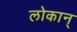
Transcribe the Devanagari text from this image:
लोकान्